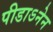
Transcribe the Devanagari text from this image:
पीडाऽनेन